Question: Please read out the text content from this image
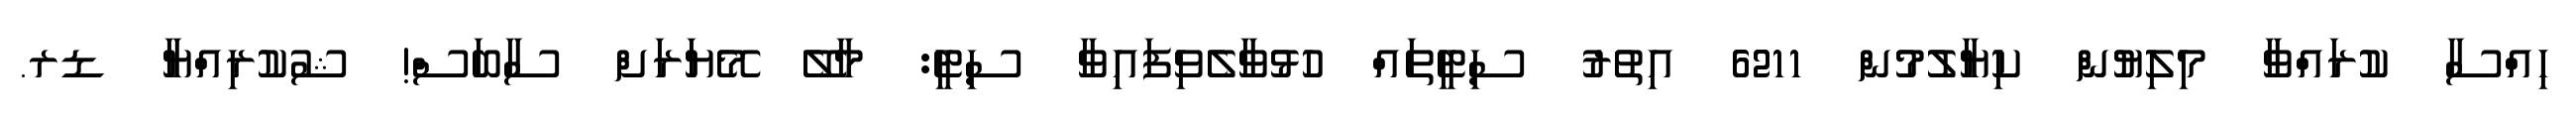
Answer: ހިއްސާ ކުރައްވާ މިލިޔުން ކިޔާލުމުން 6211 އިތުރު ސިޓީތައް ހުޅުވާލެވިފައިވާ ސިޓީ: މާލޭ މޭޔަރަށް ސާބަސް! ޝުކުރިއްޔާ ޑރ.